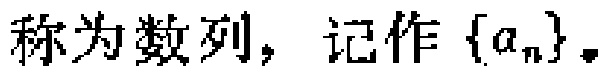
称为数列，记作\(\{a_{n}\}\)。